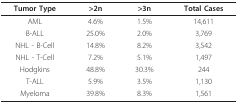
<table><thead><tr><td><b>Tumor Type</b></td><td><b>&gt;2n</b></td><td><b>&gt;3n</b></td><td><b>Total Cases</b></td></tr></thead><tbody><tr><td>AML</td><td>4.6%</td><td>1.5%</td><td>14,611</td></tr><tr><td>B-ALL</td><td>25.0%</td><td>2.0%</td><td>3,769</td></tr><tr><td>NHL - B-Cell</td><td>14.8%</td><td>8.2%</td><td>3,542</td></tr><tr><td>NHL - T-Cell</td><td>7.2%</td><td>5.1%</td><td>1,497</td></tr><tr><td>Hodgkins</td><td>48.8%</td><td>30.3%</td><td>244</td></tr><tr><td>T-ALL</td><td>5.9%</td><td>3.5%</td><td>1,130</td></tr><tr><td>Myeloma</td><td>39.8%</td><td>8.3%</td><td>1,561</td></tr></tbody></table>